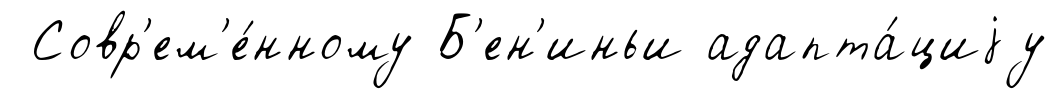
Совр'ем'е́нному Б'ен'иньи адапта́циjу